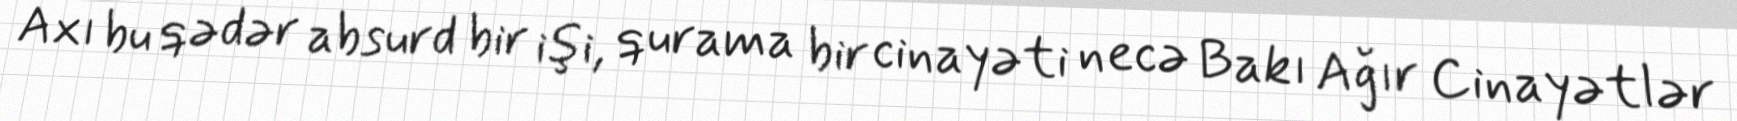
Axı bu qədər absurd bir işi, qurama bir cinayəti necə Bakı Ağır Cinayətlər